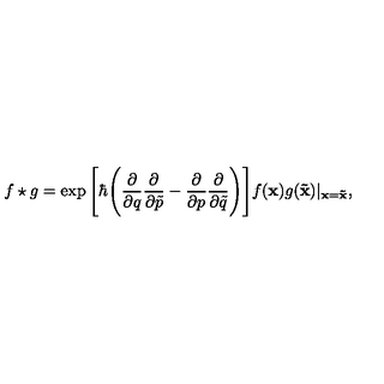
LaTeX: f \star g = \exp \Bigg [ \hbar \Bigg ( \frac { \partial } { \partial q } \frac { \partial } { \partial \tilde { p } } - \frac { \partial } { \partial p } \frac { \partial } { \partial \tilde { q } } \Bigg ) \Bigg ] f ( { \bf x } ) g ( { \bf \tilde { x } } ) \vert _ { { \bf x } = { \bf \tilde { x } } } ,